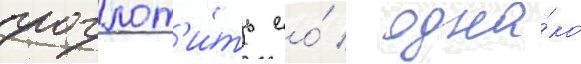
проглот'и́ть ео́ / одна́ко